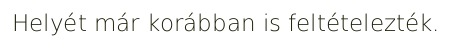
Helyét már korábban is feltételezték.